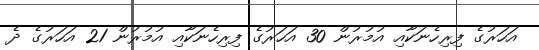
އަހަރުގެ ފިރިހެނަކާއި އުމުރުން 30 އަހަރުގެ ފިރިހެނަކާއި އުމުރުން 21 އަހަރުގެ ދެ